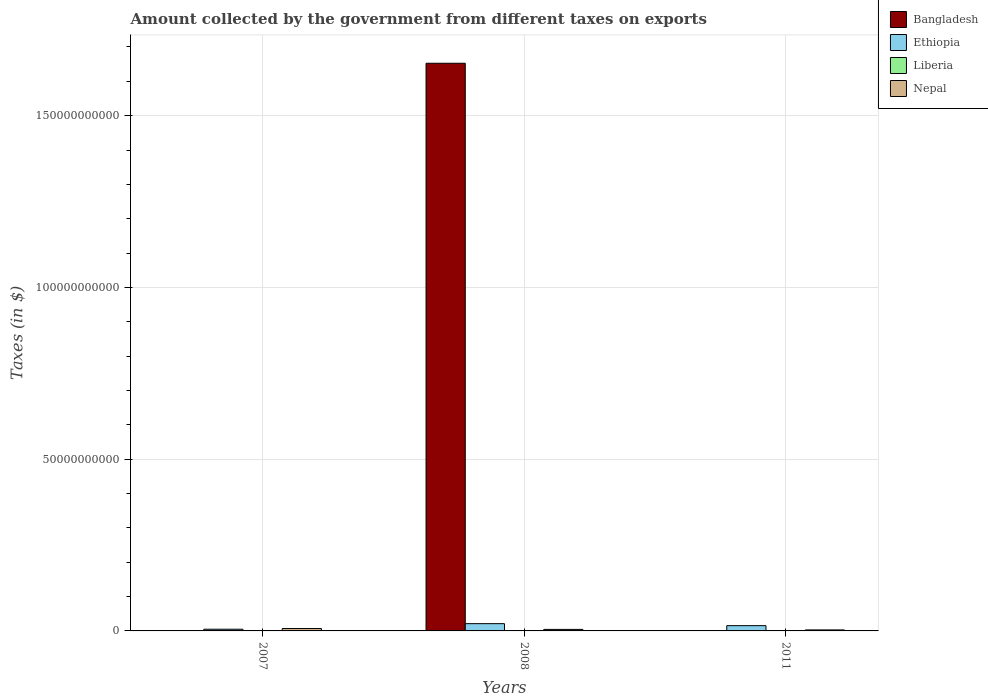
| Years | Bangladesh | Ethiopia | Liberia | Nepal |
 | --- | --- | --- | --- | --- |
 | 2007 | 3.38e+05 | 4.93e+08 | 2.11e+04 | 6.99e+08 |
 | 2008 | 1.65e+11 | 2.11e+09 | 1.54e+04 | 4.46e+08 |
 | 2011 | 8e+03 | 1.53e+09 | 2.67e+04 | 2.92e+08 |